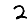
Digit: 2